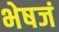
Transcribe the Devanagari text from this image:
भेषजं